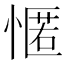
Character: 㥾